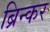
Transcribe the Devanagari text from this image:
ब्रिन्कर